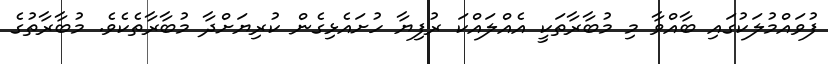
ފުވައްމުލަކުގައި ބާއްވާ މި މުބާރާތަކީ އެއްލައްކަ ރުފިޔާ ހުށައެޅިގެން ކުރިޔަށްދާ މުބާރާތެކެވެ. މުބާރާތުގެ